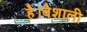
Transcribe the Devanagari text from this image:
है।वैशाली